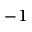
^ { - 1 }